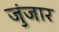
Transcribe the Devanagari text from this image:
जुंजार